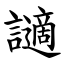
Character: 讁